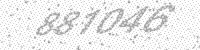
Solution: 881046